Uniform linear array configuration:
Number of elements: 4
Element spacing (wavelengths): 1
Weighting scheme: exponential
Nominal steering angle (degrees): -45
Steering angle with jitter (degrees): -46.055
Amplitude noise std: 0.05
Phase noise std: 0.05

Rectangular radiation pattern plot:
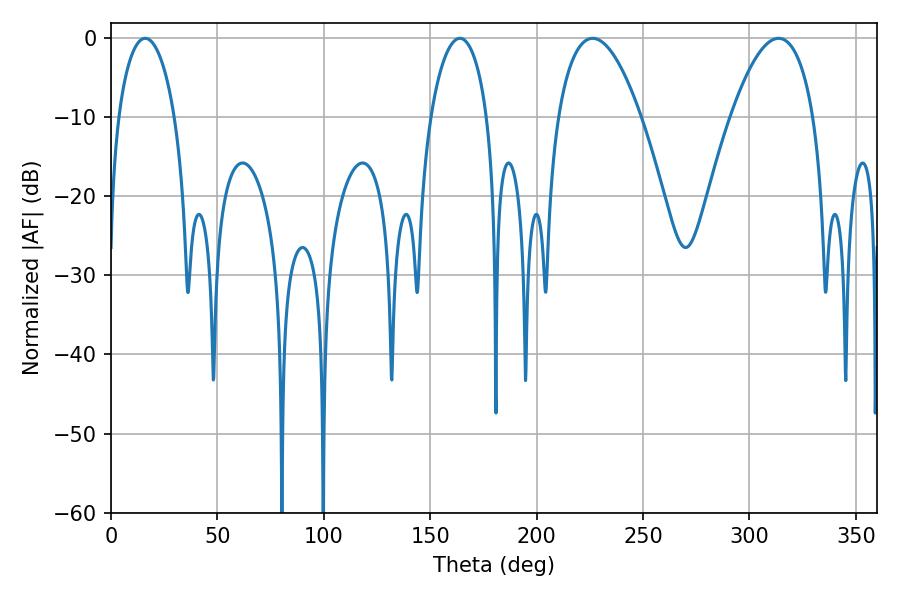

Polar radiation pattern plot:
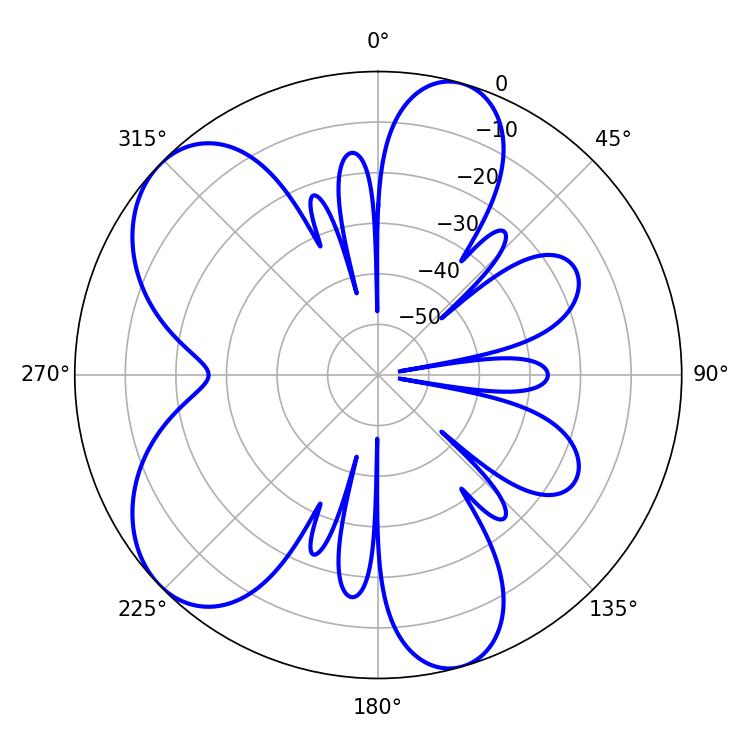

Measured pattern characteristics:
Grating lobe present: TRUE
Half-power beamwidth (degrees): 21.6
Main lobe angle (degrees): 226.26